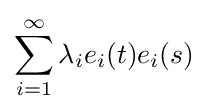
\sum _{i=1}^{\infty }\lambda _{i}e_{i}(t)e_{i}(s)